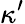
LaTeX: \kappa^{\prime}